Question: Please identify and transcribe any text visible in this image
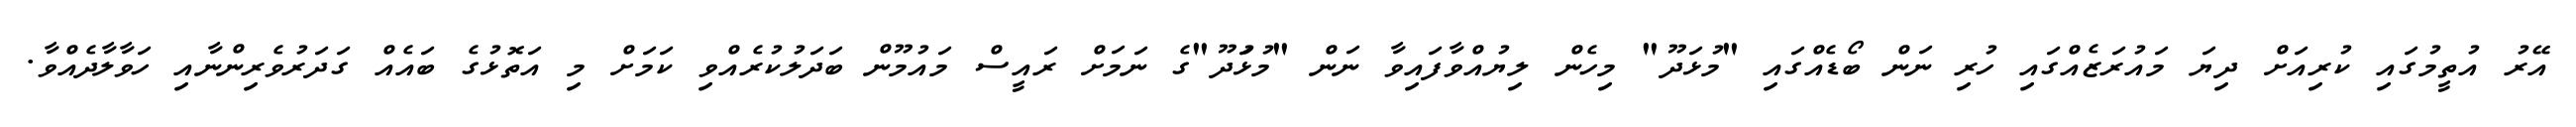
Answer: އޭރު އުތީމުގައި ކުރިއަށް ދިޔަ މައުރަޒެއްގައި ހުރި ނަން ބޯޑެއްގައި "މުޅަދޫ" މިހެން ލިޔުއްވާފައިވާ ނަން "މުޅުަދޫ"ގެ ނަމަށް ރައީސް މައުމޫން ބަދަލުކުރެއްވި ކަމަށް މި އަތޮޅުގެ ބައެއް ގަދަރުވެރިންނާއި ހަވާލާދެއްވާ.